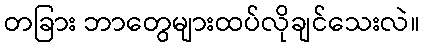
တခြား ဘာတွေများထပ်လိုချင်သေးလဲ။